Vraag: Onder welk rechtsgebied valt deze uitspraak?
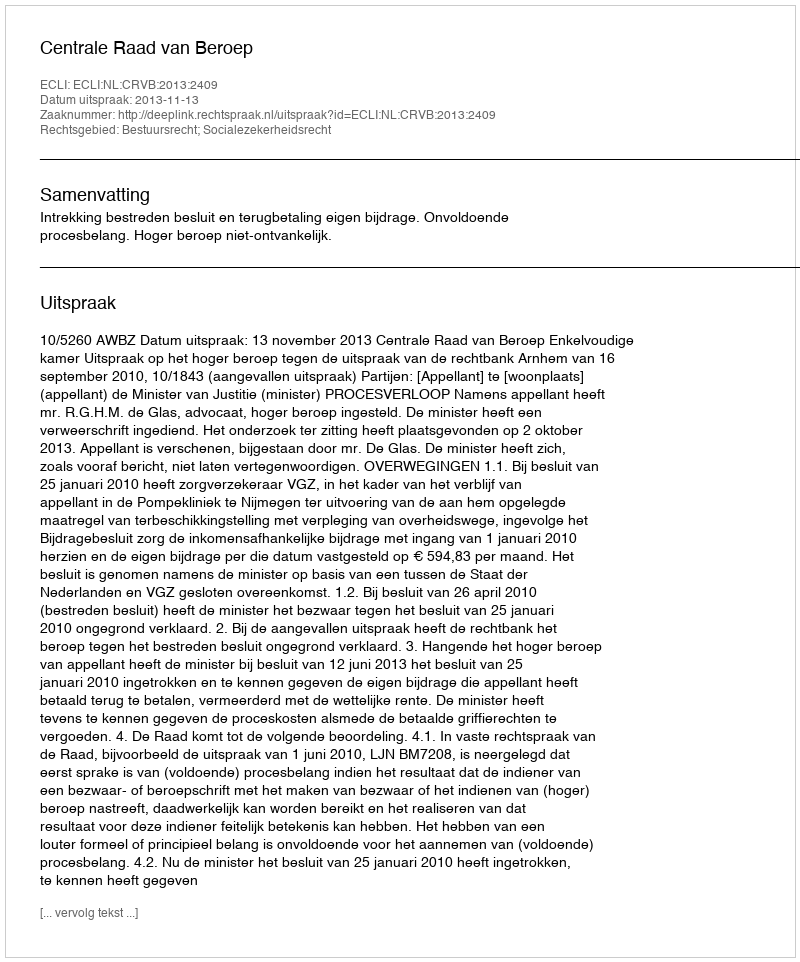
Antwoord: Bestuursrecht; Socialezekerheidsrecht